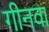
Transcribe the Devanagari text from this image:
गीनवा